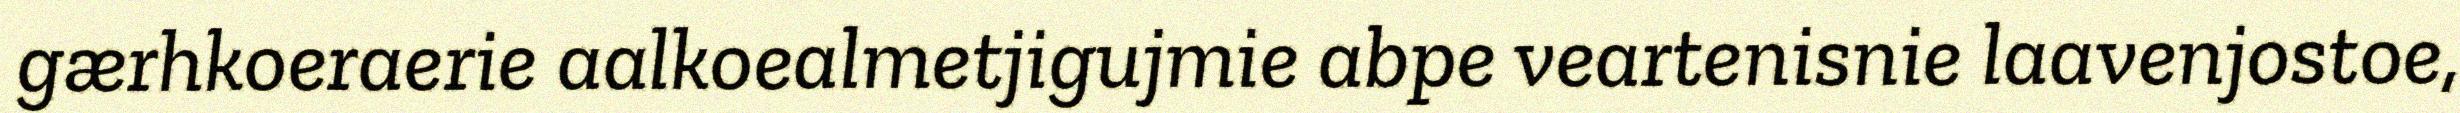
gærhkoeraerie aalkoealmetjigujmie abpe veartenisnie laavenjostoe,